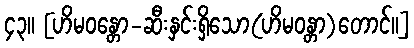
၄၃။ [ဟိမဝန္တော-ဆီးနှင်းရှိသော(ဟိမဝန္တာ)တောင်။]